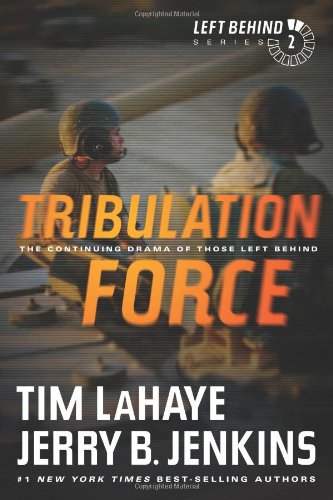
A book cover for Tribulation Force: The Continuing Drama of Those Left Behind; Tim LaHaye; Christian Books & Bibles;